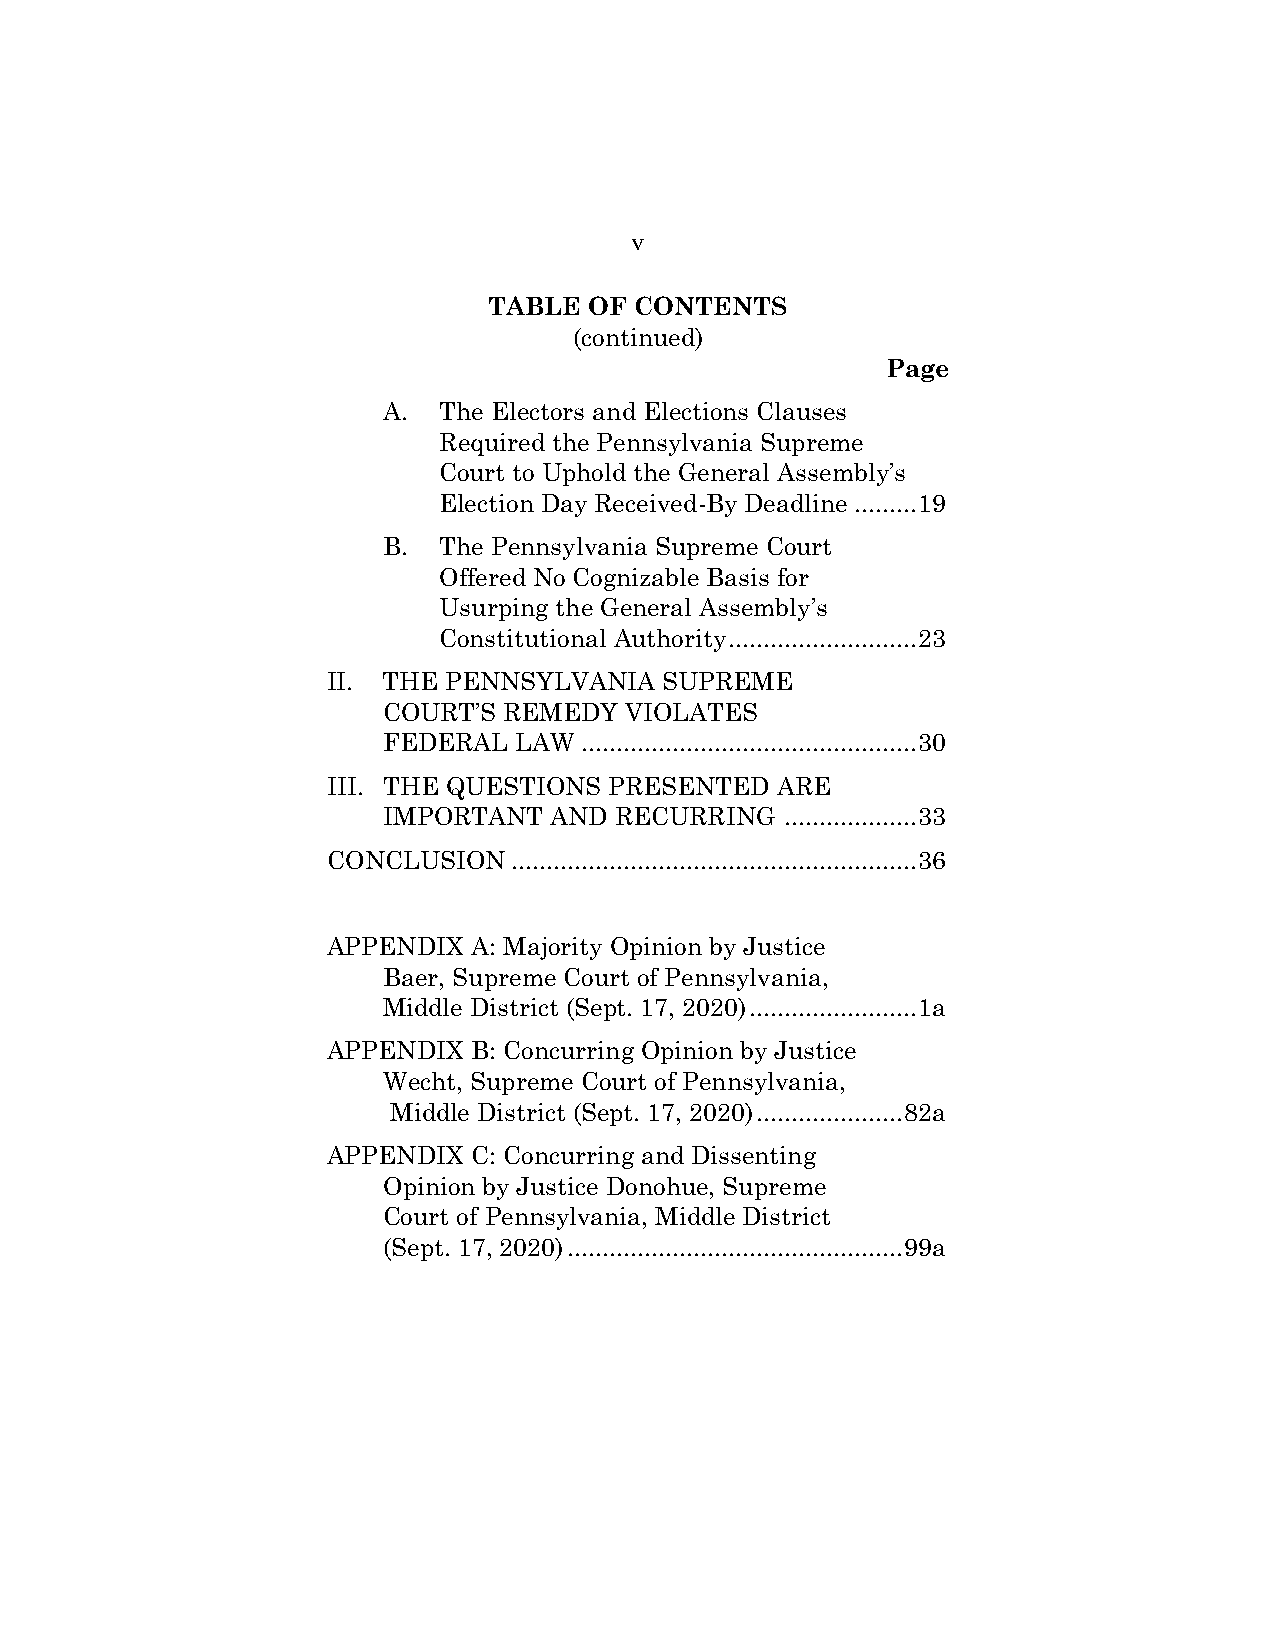
v
 TABLE  OF CONTENTS
 (continued)
 Page
 A.  The Electors and Elections Clauses
 Required the Pennsylvania Supreme
 Court to Uphold the General Assembly’s
 Election Day Received-By Deadline ......... 19
 B.  The Pennsylvania Supreme Court
 Offered No Cognizable Basis for
 Usurping the General Assembly’s
 Constitutional Authority ........................... 23
 II. THE PENNSYLVANIA  SUPREME
 COURT’S REMEDY  VIOLATES
 FEDERAL  LAW ................................................ 30
 III. THE QUESTIONS PRESENTED ARE
 IMPORTANT  AND  RECURRING  ................... 33
 CONCLUSION  .......................................................... 36
 APPENDIX A: Majority Opinion by Justice
 Baer, Supreme Court of Pennsylvania,
 Middle District (Sept. 17, 2020) ........................ 1a
 APPENDIX B: Concurring Opinion by Justice
 Wecht, Supreme Court of Pennsylvania,
 Middle District (Sept. 17, 2020) ..................... 82a
 APPENDIX C: Concurring and Dissenting
 Opinion by Justice Donohue, Supreme
 Court of Pennsylvania, Middle District
 (Sept. 17, 2020) ................................................ 99a